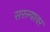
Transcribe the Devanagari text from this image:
सरल्यावर